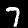
Label: 7